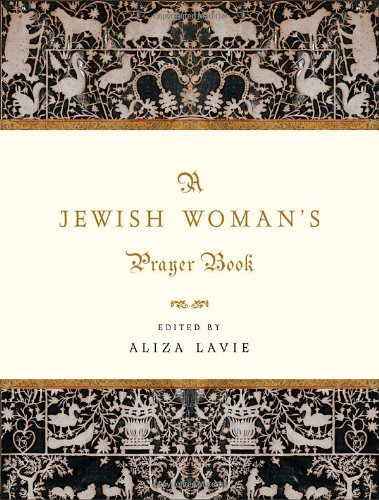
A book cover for A Jewish Woman's Prayer Book; Aliza Lavie; Religion & Spirituality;